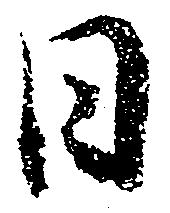
日